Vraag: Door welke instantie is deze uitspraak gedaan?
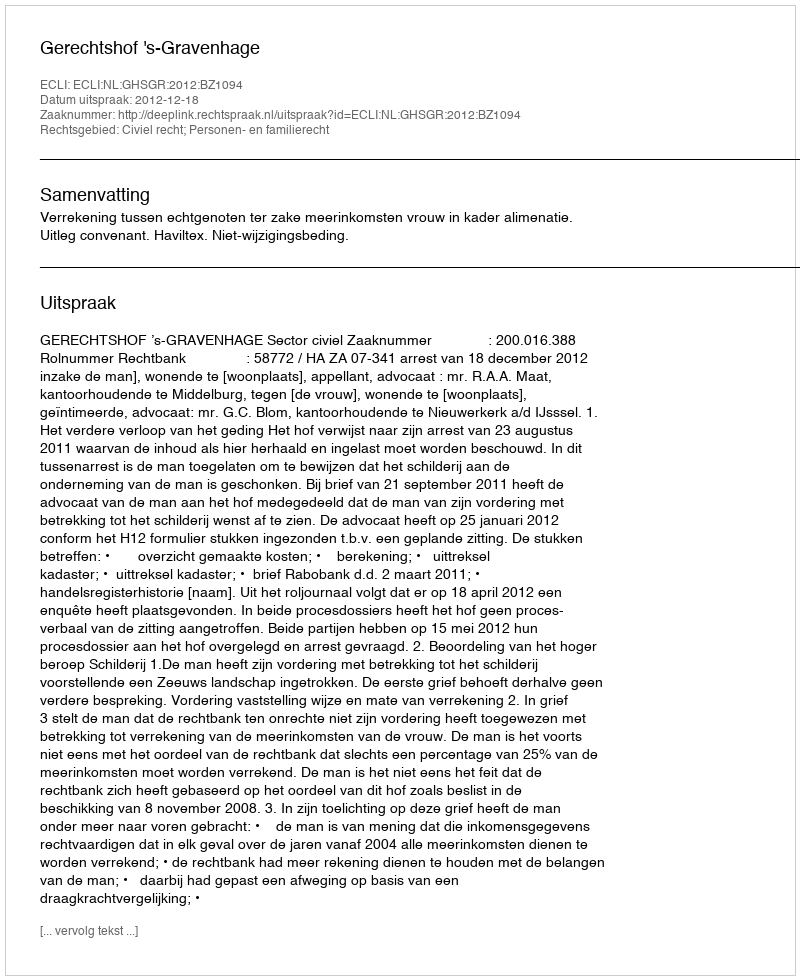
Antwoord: Gerechtshof 's-Gravenhage